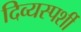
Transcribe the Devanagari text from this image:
दिव्यस्पर्शी